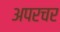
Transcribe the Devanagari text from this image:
अपरचर